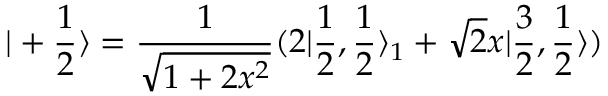
| + \frac { 1 } { 2 } \rangle = \frac { 1 } { \sqrt { 1 + 2 x ^ { 2 } } } ( 2 | \frac { 1 } { 2 } , \frac { 1 } { 2 } \rangle _ { 1 } + \sqrt { 2 } x | \frac { 3 } { 2 } , \frac { 1 } { 2 } \rangle )